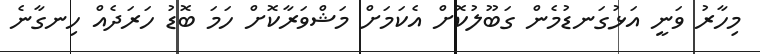
މިހާރު ވަނީ އަޅުގަނޑުމެން ގަބޫލުކޮށް އެކަމަށް މަޝްވަރާކޮށް ހަމަ ބޮޑު ހަރަދެއް ހިނގާނެ